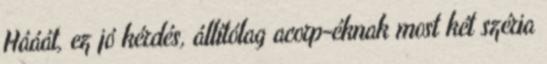
Hááát, ez jó kérdés, állítólag acorp-éknak most két széria